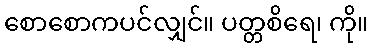
စောစောကပင်လျှင်။ ပတ္တစိရေ၊ ကို။